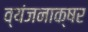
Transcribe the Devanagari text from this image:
व्यंजनाक्षर